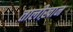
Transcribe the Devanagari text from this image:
तालीख़ान